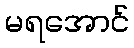
မရအောင်